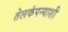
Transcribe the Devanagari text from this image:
तेलकंपन्याशी